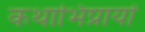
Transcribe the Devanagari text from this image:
कथाभिप्रायों